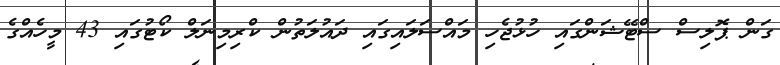
ގަން ޕޮލިސް ސްޓޭޝަންގައި ހުޅުޖެހި މައްސަލައިގައި ދައުލަތުން ކްރިމިނަލް ކޯޓުގައި 43 މީހެއްގެ